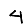
Digit: 4